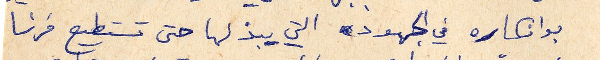
بوانكاره في الجهود التي يبذلها حتى تستطيع فرنسا